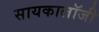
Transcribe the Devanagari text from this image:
सायकालॉजी